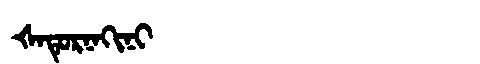
Manchu: ᡧᠠᡨᡠᡵᠨᠠᡴᡳᠨᡳ
Romanization: ŠATURNAKINI